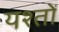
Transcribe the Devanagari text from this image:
यश्तों